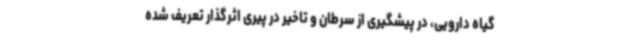
گیاه دارویی، در پیشگیری از سرطان و تاخیر در پیری اثرگذار تعریف شده